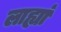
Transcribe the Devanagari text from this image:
लाह्यां